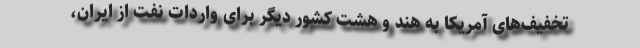
تخفیف‌های آمریکا به هند و هشت کشور دیگر برای واردات نفت از ایران،